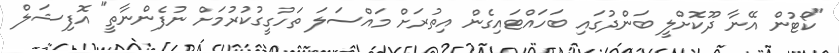
"ކޯޓުން އޭނާ ދޫކޮށްލީ ބަންދުގައި ބަހައްޓައިގެން އިތުރަށް މައްސަލަ ތަހުގީގުކުރުމަށް ނުފެންނާތީ" އޮފިޝަލް